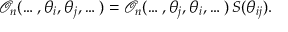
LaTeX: \mathcal { O } _ { n } ( \dots , \theta _ { i } , \theta _ { j } , \dots ) = \mathcal { O } _ { n } ( \dots , \theta _ { j } , \theta _ { i } , \dots ) \, S ( \theta _ { i j } ) .